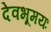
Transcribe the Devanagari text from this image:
देवभूमयः